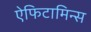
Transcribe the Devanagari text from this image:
ऐफिटामिन्स